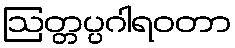
ဩတ္တပ္ပဂါရဝတာ